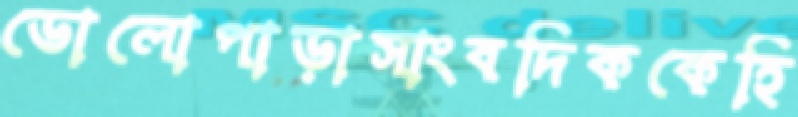
ডোলোপাড়াসাংবদিককেহি